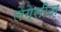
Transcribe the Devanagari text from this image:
लेगेसीज़